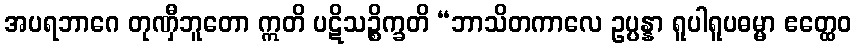
အပရဘာဂေ တုဏှီဘူတော ဣတိ ပဋိသဉ္စိက္ခတိ “ဘာသိတကာလေ ဥပ္ပန္နာ ရူပါရူပဓမ္မာ ဧတ္ထေဝ